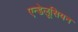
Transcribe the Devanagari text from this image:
एन्डेलूसियन